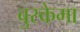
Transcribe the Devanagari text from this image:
बुस्केमा